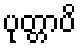
ပုတ္တာပိ